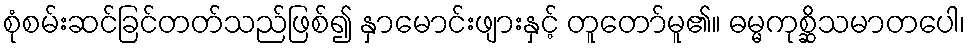
စုံစမ်းဆင်ခြင်တတ်သည်ဖြစ်၍ နှာမောင်းဖျားနှင့် တူတော်မူ၏။ ဓမ္မကုစ္ဆိသမာတပေါ၊